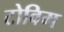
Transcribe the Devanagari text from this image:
टोविम